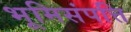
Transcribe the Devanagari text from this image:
भूमिसंपत्ति